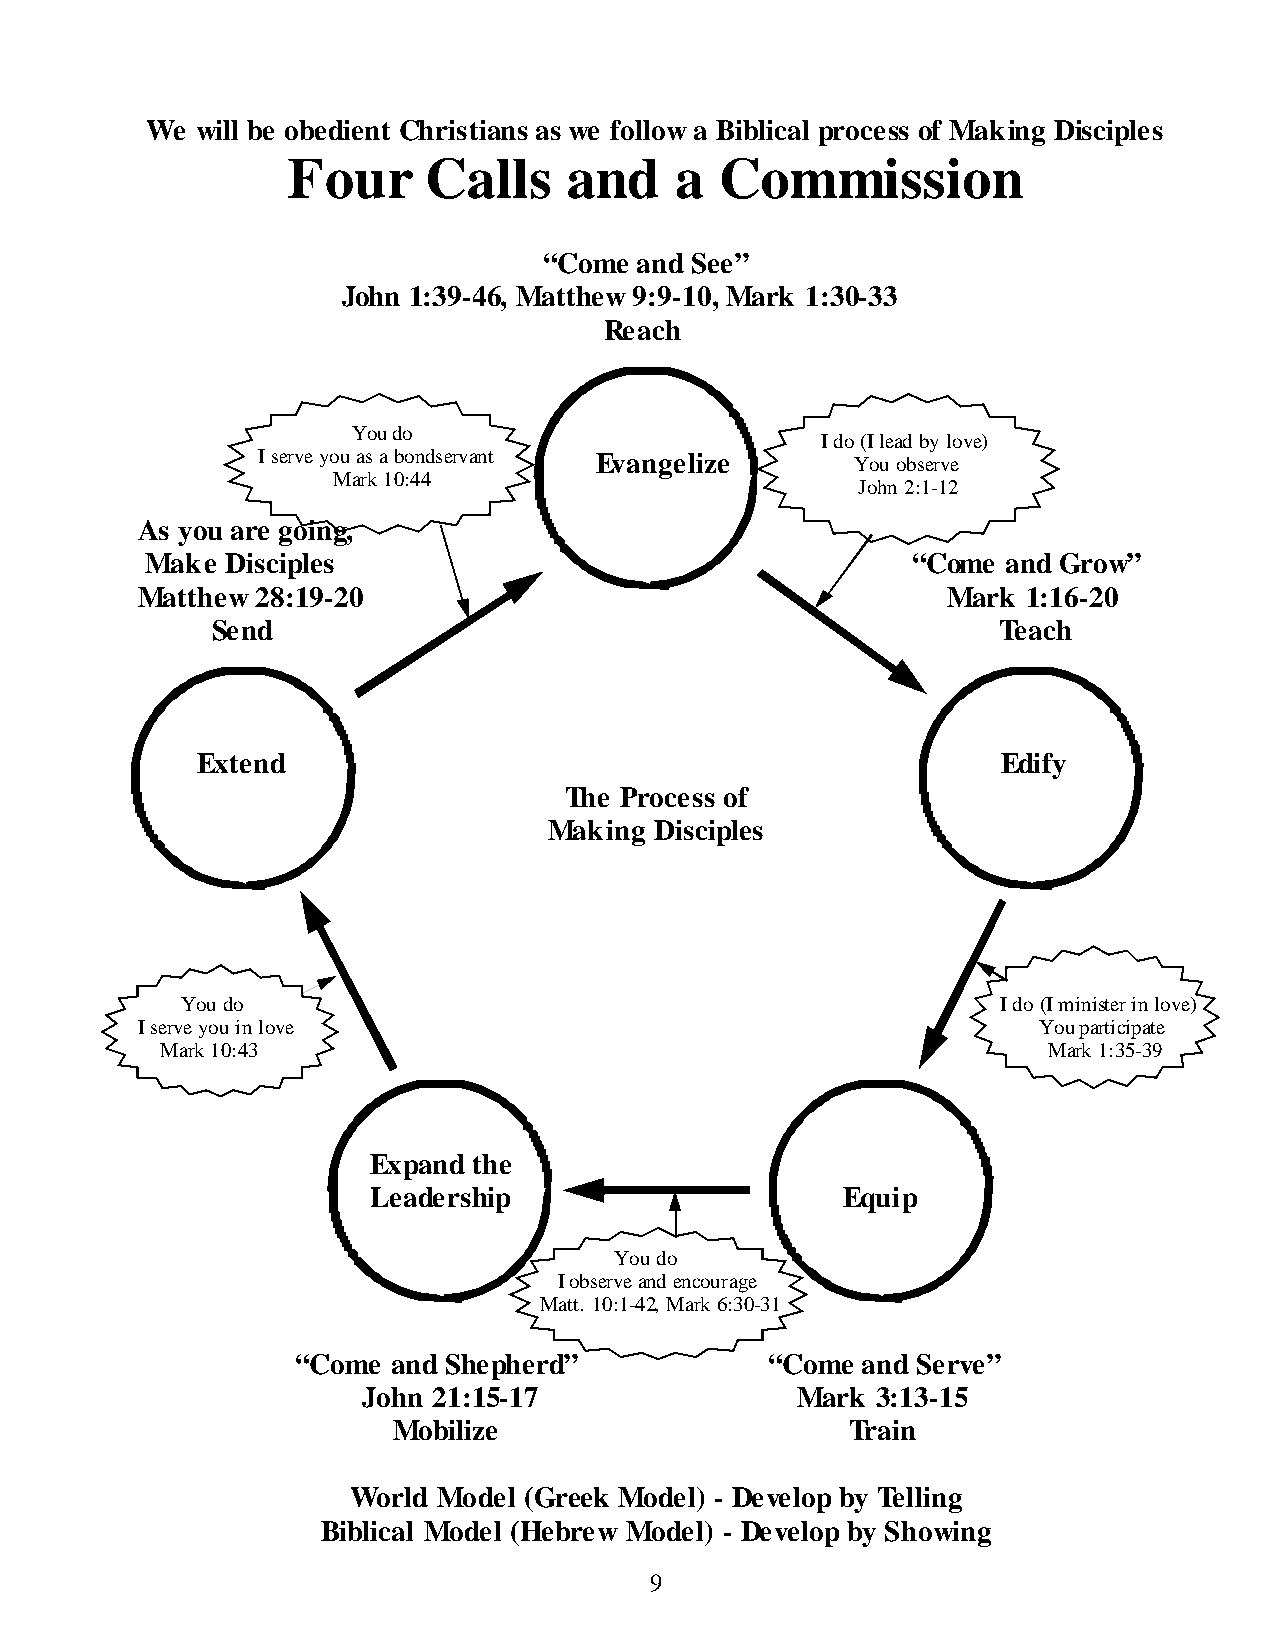
We will be obedient Christians as we follow a Biblical process of Making Disciples
 Four     Calls     and    a  Commission
 “Come and See”
 John 1:39-46, Matthew 9:9-10, Mark 1:30-33
 Reach
 You do
 I do (I lead by love)
 I serve you as a bondservant Evangelize Y o u o b s e r v e
 Mark 10:44
 John 2:1-12
 As you are going,
 Make Disciples                                    “Come  and Grow”
 Matthew 28:19-20                                      Mark 1:16-20
 Send                                                Teach
 Extend                                               Edify
 The Process of
 Making Disciples
 You do                                                I do (I minister in love)
 I serve you in love                                         You participate
 Mark 10:43                                                Mark 1:35-39
 Expand the
 Leadership                     Equip
 You do
 I observe and encourage
 Matt. 10:1-42, Mark 6:30-31
 “Come and Shepherd”            “Come and Serve”
 John 21:15-17                Mark 3:13-15
 Mobilize                      Train
 World Model (Greek Model) - Develop by Telling
 Biblical Model (Hebrew Model) - Develop by Showing
 9